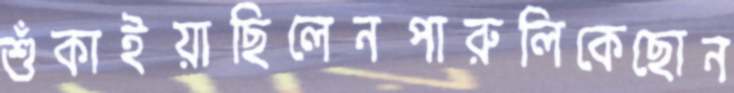
শুঁকাইয়াছিলেনপারুলিকেছোন